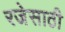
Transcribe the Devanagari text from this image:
रजेसाठी